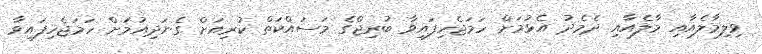
ވިލިމާލެއާއި މާލެއާއި ދެމެދު އެޅުމަށް ހަމަޖެހިފައިވާ ބުރިޖްގެ މަސައްކަތް ކުރިއަށް ގެނަދިއުމަށް ހަމަޖެހިފައިވާ